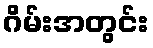
ဂိမ်းအတွင်း